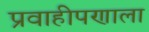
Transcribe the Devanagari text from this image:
प्रवाहीपणाला